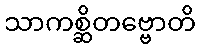
သာကစ္ဆိတဗ္ဗောတိ